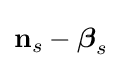
\mathbf {n} _{s}-{\boldsymbol {\beta }}_{s}